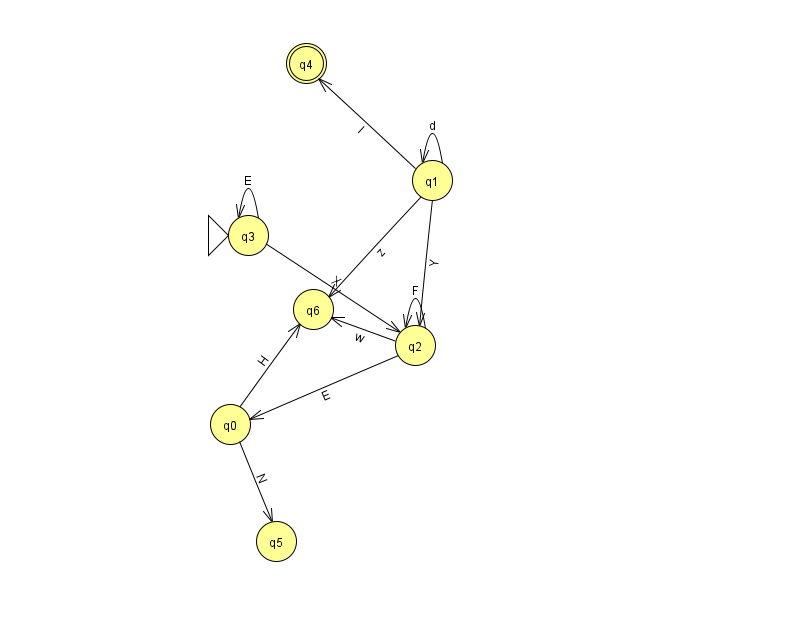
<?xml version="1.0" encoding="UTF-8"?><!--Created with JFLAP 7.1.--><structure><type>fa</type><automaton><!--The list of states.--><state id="0" name="q0"><x>230.0</x><y>411.0</y></state><state id="1" name="q1"><x>432.0</x><y>167.0</y></state><state id="2" name="q2"><x>415.0</x><y>332.0</y></state><state id="3" name="q3"><x>248.0</x><y>222.0</y><initial/></state><state id="4" name="q4"><x>306.0</x><y>50.0</y><final/></state><state id="5" name="q5"><x>276.0</x><y>528.0</y></state><state id="6" name="q6"><x>313.0</x><y>296.0</y></state><!--The list of transitions.--><transition><from>1</from><to>6</to><read>z</read></transition><transition><from>1</from><to>1</to><read>d</read></transition><transition><from>0</from><to>5</to><read>N</read></transition><transition><from>3</from><to>2</to><read>X</read></transition><transition><from>3</from><to>3</to><read>E</read></transition><transition><from>2</from><to>2</to><read>F</read></transition><transition><from>1</from><to>4</to><read>I</read></transition><transition><from>2</from><to>0</to><read>E</read></transition><transition><from>2</from><to>6</to><read>w</read></transition><transition><from>0</from><to>6</to><read>H</read></transition><transition><from>1</from><to>2</to><read>Y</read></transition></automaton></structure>